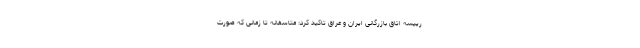
رییسه اتاق بازرگانی ایران و عراق تاکید کرد: متاسفانه تا زمانی که صورت